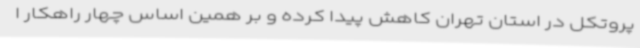
پروتکل در استان تهران کاهش پیدا کرده و بر همین اساس چهار راهکار ا